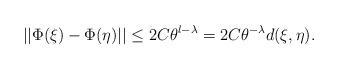
LaTeX: \begin{align*}||\Phi(\xi)-\Phi(\eta)||\leq 2C \theta^{l-\lambda}= 2C\theta^{-\lambda}d(\xi,\eta).\end{align*}